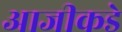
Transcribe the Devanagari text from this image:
आजीकडे